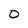
Character: O